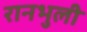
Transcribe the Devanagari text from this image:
रानभुली